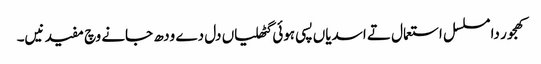
کھجور دا مسلسل استعمال تے اسدیاں پسی ہوئی گٹھلیاں دل دے ودھ جانے وچ مفید نیں۔